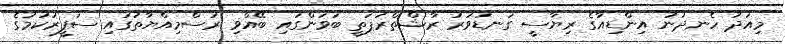
މިއަދު ހެނދުނު އިންޑިއާގެ ރިޔާސީ ގަނޑުވަރު ރާޝްތްރަޕަތީ ބަވަންގައި ބޭއްވި ރަސްމިއްޔާތުގައި ސަފީރުކަމުގެ